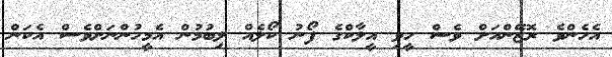
އެހެންވެ ރޮޒޭންއަށް ވެސް ހީވި އީލާކްގެ ފޯނު ކޯލެއް ލިބުމުން އެމީހުންނަށްވެސް އެކަން